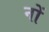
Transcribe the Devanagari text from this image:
नों